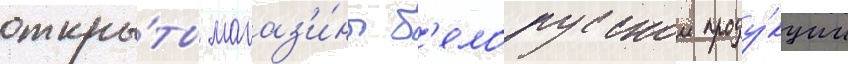
откры́ты магаз'и́ны б'елорусскои проду́кции